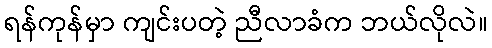
ရန်ကုန်မှာ ကျင်းပတဲ့ ညီလာခံက ဘယ်လိုလဲ။